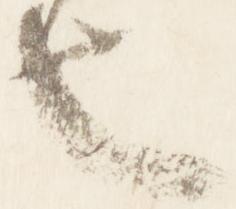
也